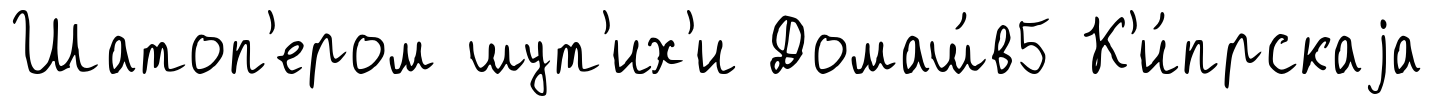
Шатоп'ером шут'их'и Домаш́в5 К'и́прскаjа